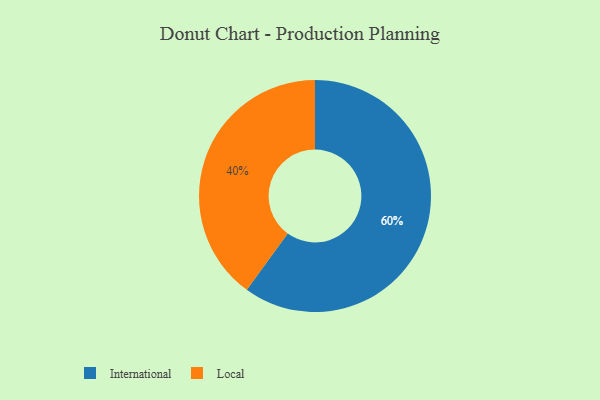
{"axis": {"x": "Category", "y": "Percentage"}, "legend": ["International", "Local"], "data": [{"x": "International", "y": 60, "type": "International"}, {"x": "Local", "y": 40, "type": "Local"}]}